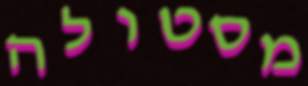
מסטולה